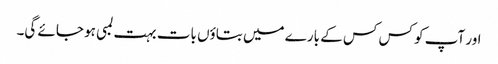
اور آپ کو کس کس کے بارے میں بتاؤں بات بہت لمبی ہو جائے گی۔